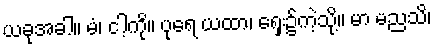
ယခုအခါ။ မံ၊ ငါ့ကို။ ပုရေ ယထာ၊ ရှေး၌ကဲ့သို့။ မာ မညသိ၊